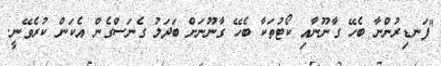
"ފަނޑިރުންނާ ބެހޭ ގާނޫނާއި ކޯޓުތަކާ ބެހޭ ގާނޫނަށް ބަދަލު ގެނަސްގެން އެކަން ކުރެވޭނީ.